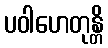
ပဝါဟေတုန္တိ